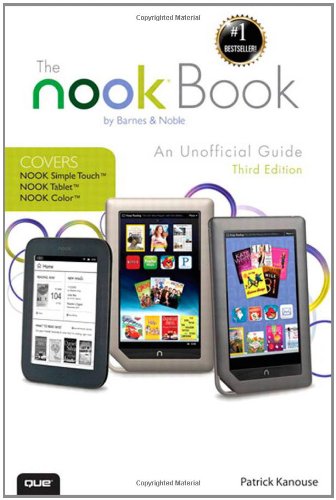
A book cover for The NOOK Book: An Unofficial Guide: Everything you need to know about the NOOK Tablet, NOOK Color, and the NOOK Simple Touch (3rd Edition); Patrick Kanouse; Computers & Technology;